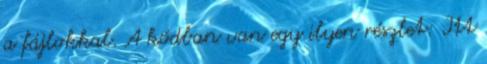
a fájlokkal. A kódban van egy ilyen részlet: Itt